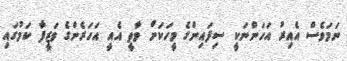
ނަމަވެސް އެއިރު އަހަންނަކީ ސިފައިންގެ މީހަކަށް ވާތީ އެއީ އަހަރެންގެ ވަޒީފާ ކަމުގައި